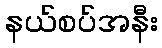
နယ်စပ်အနီး